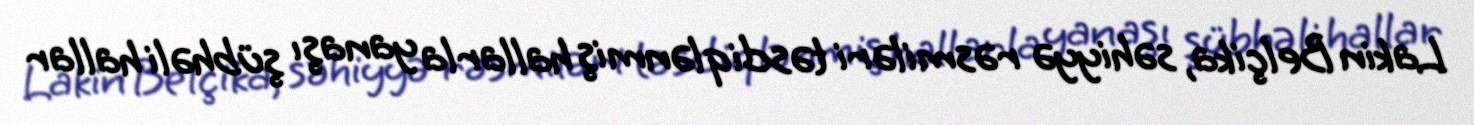
Lakin Belçika, səhiyyə rəsmiləri təsdiqlənmiş hallarla yanaşı şübhəli hallar